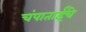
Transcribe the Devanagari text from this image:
चंपाताईंचे